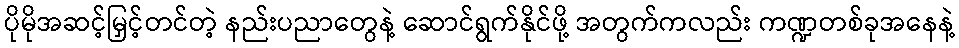
ပိုမိုအဆင့်မြှင့်တင်တဲ့ နည်းပညာတွေနဲ့ ဆောင်ရွက်နိုင်ဖို့ အတွက်ကလည်း ကဏ္ဍတစ်ခုအနေနဲ့